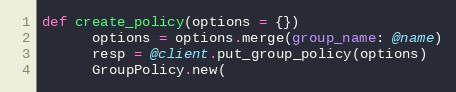
Language: Ruby
def create_policy(options = {})
      options = options.merge(group_name: @name)
      resp = @client.put_group_policy(options)
      GroupPolicy.new(